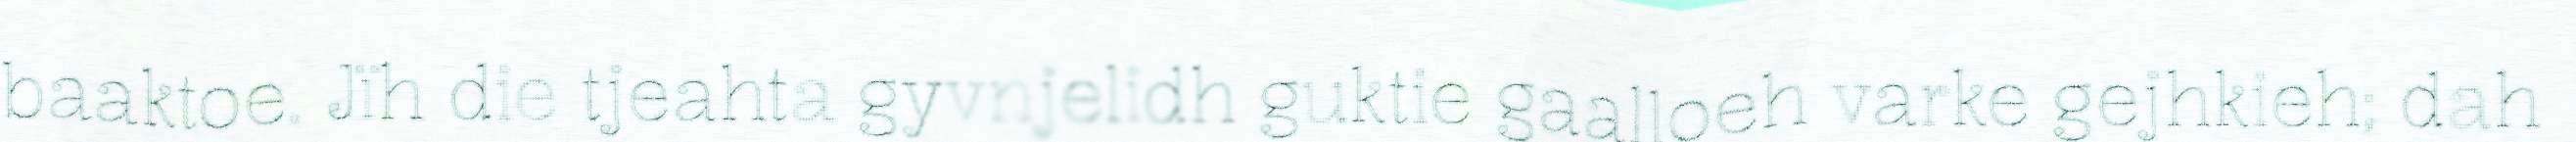
baaktoe. Jïh die tjeahta gyvnjelidh guktie gaalloeh varke gejhkieh; dah